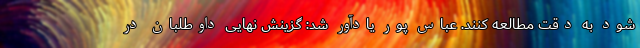
شود به دقت مطالعه کنند. عباس پور یادآور شد: گزینش نهایی داوطلبان در